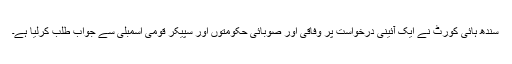
سندھ ہائی کورٹ نے ایک آئینی درخواست پر وفاقی اور صوبائی حکومتوں اور سپیکر قومی اسمبلی سے جواب طلب کرلیا ہے۔